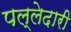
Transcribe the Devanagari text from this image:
पल्लेदारी